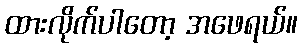
ထားလိုက်ပါတော့ အဖေရယ်။